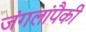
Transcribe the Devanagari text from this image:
जंगलांपैकी